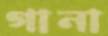
গানা